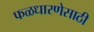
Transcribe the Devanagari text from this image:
फळधारणेसाठी